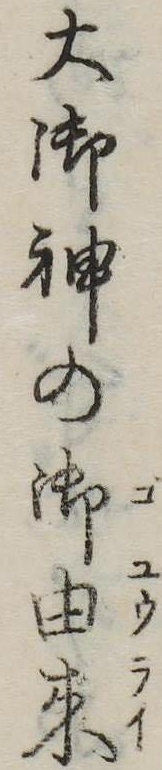
大御神の御由来